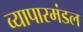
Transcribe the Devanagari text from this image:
व्यापारमंडल